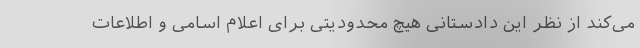
می‌کند از نظر این دادستانی هیچ محدودیتی برای اعلام اسامی و اطلاعات